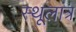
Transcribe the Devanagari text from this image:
स्‍थूलांत्र